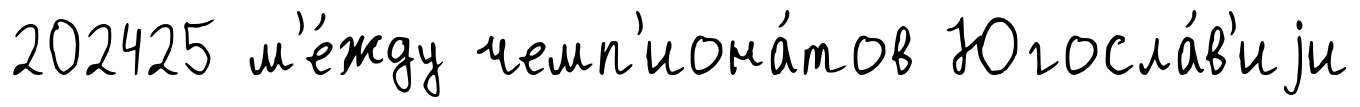
202425 м'е́жду чемп'иона́тов Югосла́в'иjи